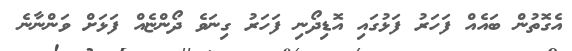
އެގޮތުން ބައެއް ފަހަރު ފަޅުގައި އޮޑިދޯނި ފަހަރު ގިނަވެ ދޯންޏެއް ފަޅަށް ވަންނާނެ